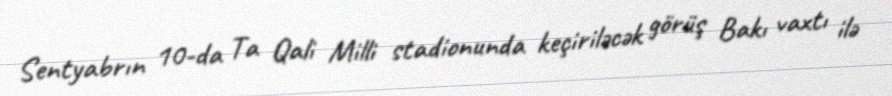
Sentyabrın 10-da Ta Qali Milli stadionunda keçiriləcək görüş Bakı vaxtı ilə